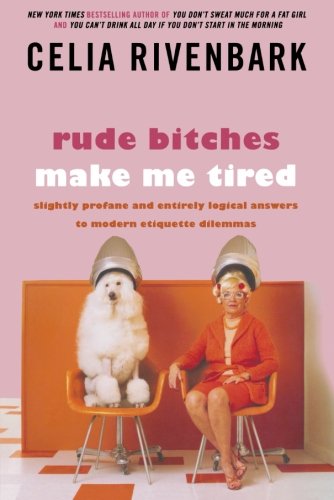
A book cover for Rude Bitches Make Me Tired: Slightly Profane and Entirely Logical Answers to Modern Etiquette Dilemmas; Celia Rivenbark; Reference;